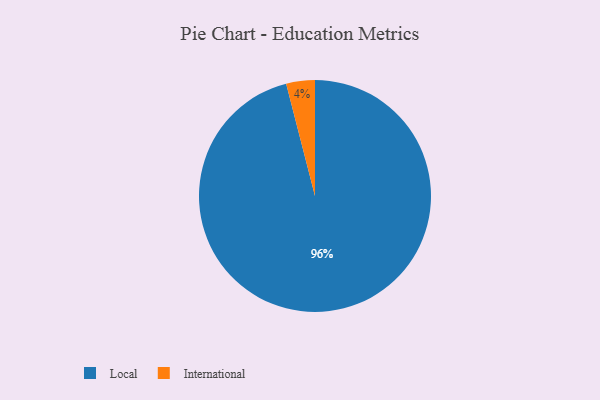
{"axis": {"x": "Category", "y": "Percentage"}, "legend": ["International", "Local"], "data": [{"x": "Local", "y": 96, "type": "Local"}, {"x": "International", "y": 4, "type": "International"}]}